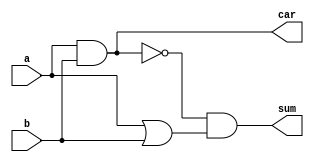
//  IBM Corp. 2020
// Licensed under the Apache License, Version 2.0 (the "License"), as modified by
// the terms below; you may not use the files in this repository except in
// compliance with the License as modified.
// You may obtain a copy of the License at http://www.apache.org/licenses/LICENSE-2.0
//
// Modified Terms:
//
//    1) For the purpose of the patent license granted to you in Section 3 of the
//    License, the "Work" hereby includes implementations of the work of authorship
//    in physical form.
//
//    2) Notwithstanding any terms to the contrary in the License, any licenses
//    necessary for implementation of the Work that are available from OpenPOWER
//    via the Power ISA End User License Agreement (EULA) are explicitly excluded
//    hereunder, and may be obtained from OpenPOWER under the terms and conditions
//    of the EULA.
//
// Unless required by applicable law or agreed to in writing, the reference design
// distributed under the License is distributed on an "AS IS" BASIS, WITHOUT
// WARRANTIES OR CONDITIONS OF ANY KIND, either express or implied. See the License
// for the specific language governing permissions and limitations under the License.
//
// Additional rights, including the ability to physically implement a softcore that
// is compliant with the required sections of the Power ISA Specification, are
// available at no cost under the terms of the OpenPOWER Power ISA EULA, which can be
// obtained (along with the Power ISA) here: https://openpowerfoundation.org.

//*****************************************************************************
//  Description:  XU Population Count
//
//*****************************************************************************

`timescale 1 ns / 1 ns

module tri_csa22(
   a,
   b,
   car,
   sum
);
   input   a;
   input   b;
   output  car;
   output  sum;

   wire    car_b;
   wire    sum_b;

   assign car_b = (~(a & b));
   assign sum_b = (~(car_b & (a | b)));      // this is equiv to an xnor
   assign car = (~car_b);
   assign sum = (~sum_b);

endmodule